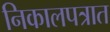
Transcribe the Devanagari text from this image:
निकालपत्रात